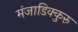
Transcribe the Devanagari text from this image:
मंजाडिक्कुरु